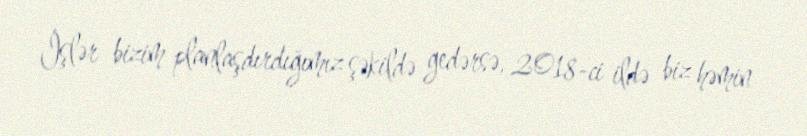
İşlər bizim planlaşdırdığımız şəkildə gedərsə, 2018-ci ildə biz həmin